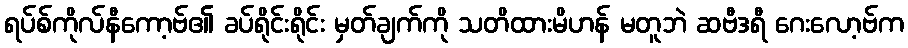
ရပ်စ်ကိုလ်နီကော့ဗ်၏ ခပ်ရိုင်းရိုင်း မှတ်ချက်ကို သတိထားမိဟန် မတူဘဲ ဆဗီဒရီ ဂေးလော့ဗ်က